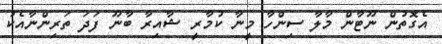
އެގޮތުން ނޫޓާން މާލާ ސިންހާ މީނާ ކުމާރީ ޝާއިރާ ބާނޫ ފަދަ ތަރިންނާއެކު